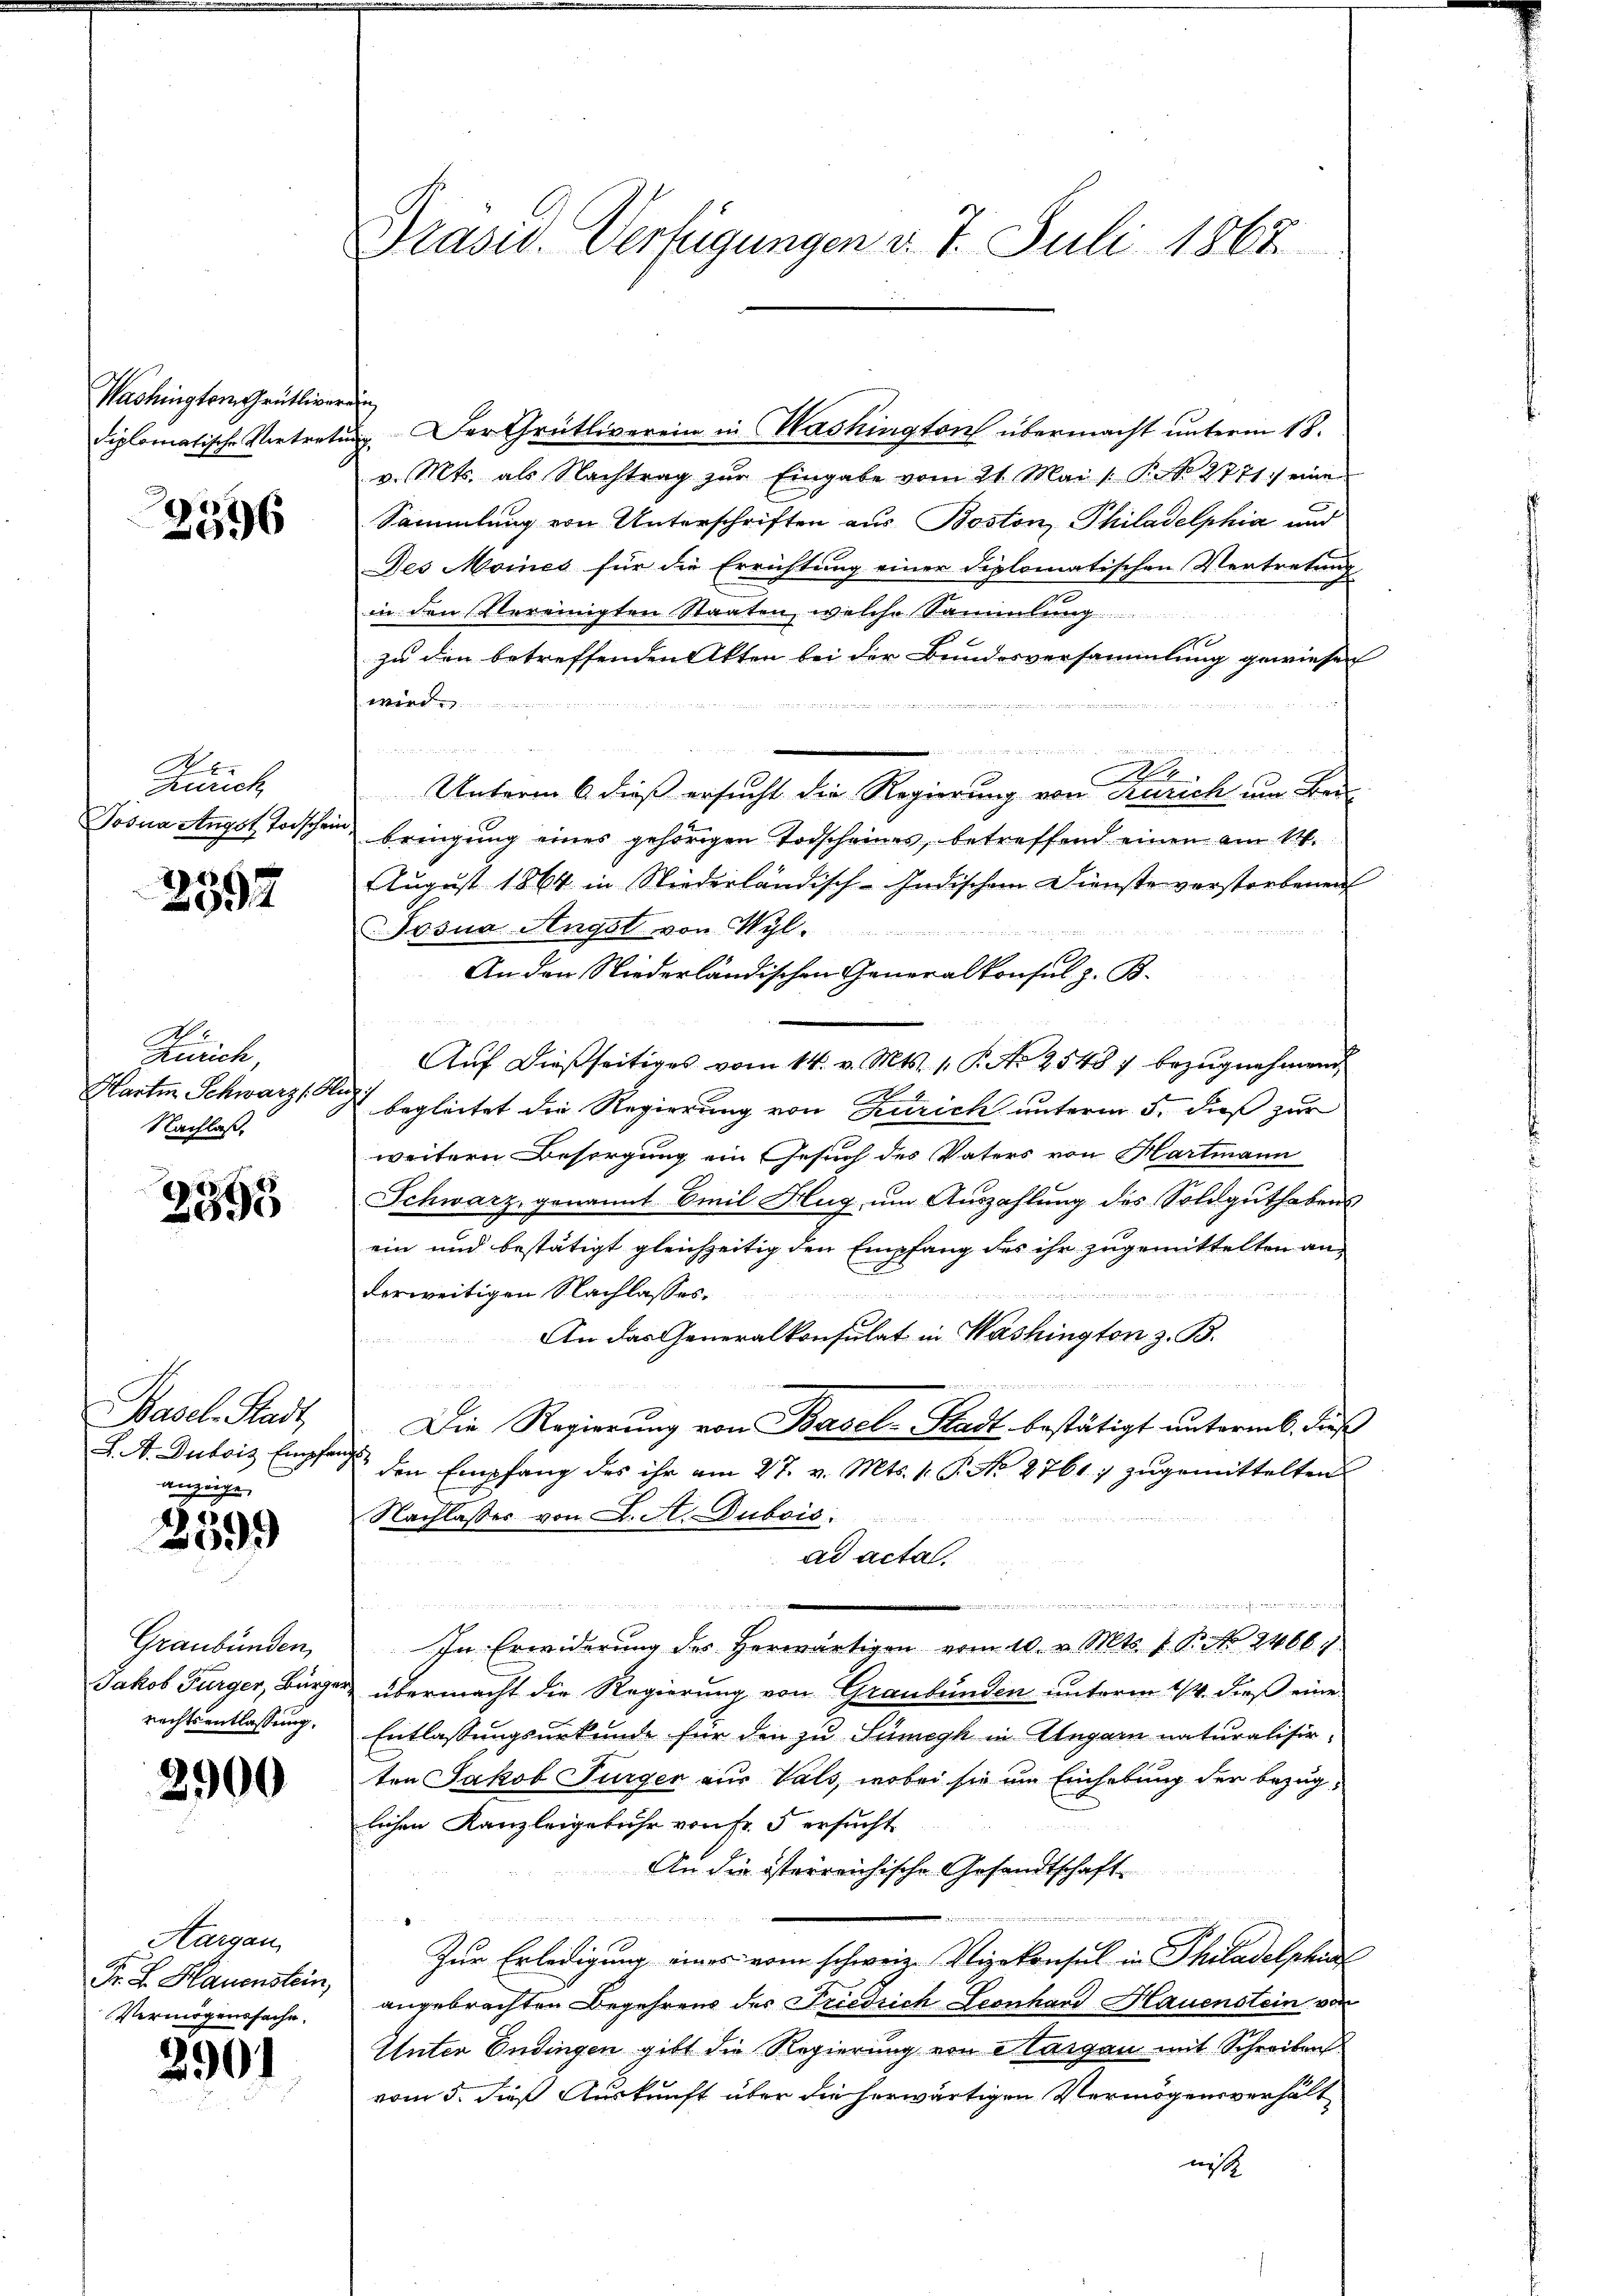
Washington Grütliverein

2396

A
Zürich

2392

Zürich,
Hartin Schwarz, Herz
Nachlaß,

2393

Basel-Stadt,
anzeige

2399

Graubünden,
rechtsentlassung.

2900

Aargau
Fr. R. Hauenstein,
Vermögenssache.

2901

diplomatische Vertretung. Der Grütliverein in Washington übermacht unterm 18.
v. Mts. als Nachtrag zŭr Eingabe vom 21. Mai /: P. No 2771) eine
Sammlung von Unterschriften aus Boston, Philadelphia und
Des Moines für die Errichtung einer diplomatischen Vertretung
in den Vereinigten Staaten, welche Sammlung
1
zu den betreffenden Akten bei der Bundesversammlung gewiesen
wird.

Unterm 6. dieß ersucht die Regierung von Zürich um Bei-
Josua Angst Toschein bringung eines gehörigen Todscheines, betreffend einen am 14.
August 1864 in Niederländisch-Indischem Dienste verstorbenen
Josna Angst von Wyl
An den Niederländischen Generalkonsul z. B.
Auf dießseitiges vom 14. v. Mts. 1. P. Nr. 25487 bezugnehmend
begleitet die Regierung von Zürich unterm 5. dieß zur
weitern Besorgung ein Gesuch des Vaters von Hartmann
Schwarz, genannt Emil Hug, um Auszahlung des Soldguthabens
ein und bestätigt gleichzeitig den Empfang des ihr zugemittelten ane
derweitigen Nachlasses.
An das Generalkonsulat in Washington z. B.
Die Regierung von Basel-Stadt bestätigt untermes, diese
J. A. Dubois Empfang den Empfang des ihr am 27. v. Mts. 1. P. No 2761; zŭgemittelten
Nachlasses von L. St. Dubois.
ad acta,

In Erwiderung des herwärtigen vom 10. v. Mts. v. P. Nr. 24661
Jakob Furger, Bürger übermacht die Regierung von Graubünden unterm 1/4. dieß eine
Entlassungsurkunde für den zu Sumeyk in Ungarn naturalisir-
ten Jakob Furger aus Vals, wobei sie um Einhebung der bezüglichen Kanzleigebühr von Fr. 5 ersucht.
An die österreichische Gesandtschaft
e

I
Zur Erledigung eines vom schweiz. Vizekonsul in Philadelphil
angebrachten Begehrens der Friedrich Leonhard Hauenstein von
Unter Endingen gibt die Regierung von Margau mit Schreiben
vom 5. dieß Auskunft über die herwärtigen Vermögensverhält
nicht

Präsid. Verfügungen d. 7. Juli 1862